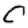
Digit: 0